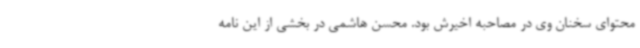
محتوای سخنان وی در مصاحبه اخیرش بود. محسن هاشمی در بخشی از این نامه